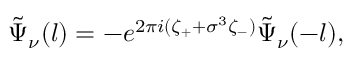
\tilde { \Psi } _ { \nu } ( l ) = - e ^ { 2 \pi i ( \zeta _ { + } + \sigma ^ { 3 } \zeta _ { - } ) } \tilde { \Psi } _ { \nu } ( - l ) ,